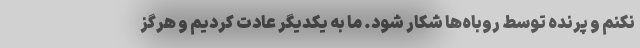
نکنم و پرنده توسط روباه‌ها شکار شود. ما به یکدیگر عادت کردیم و هرگز